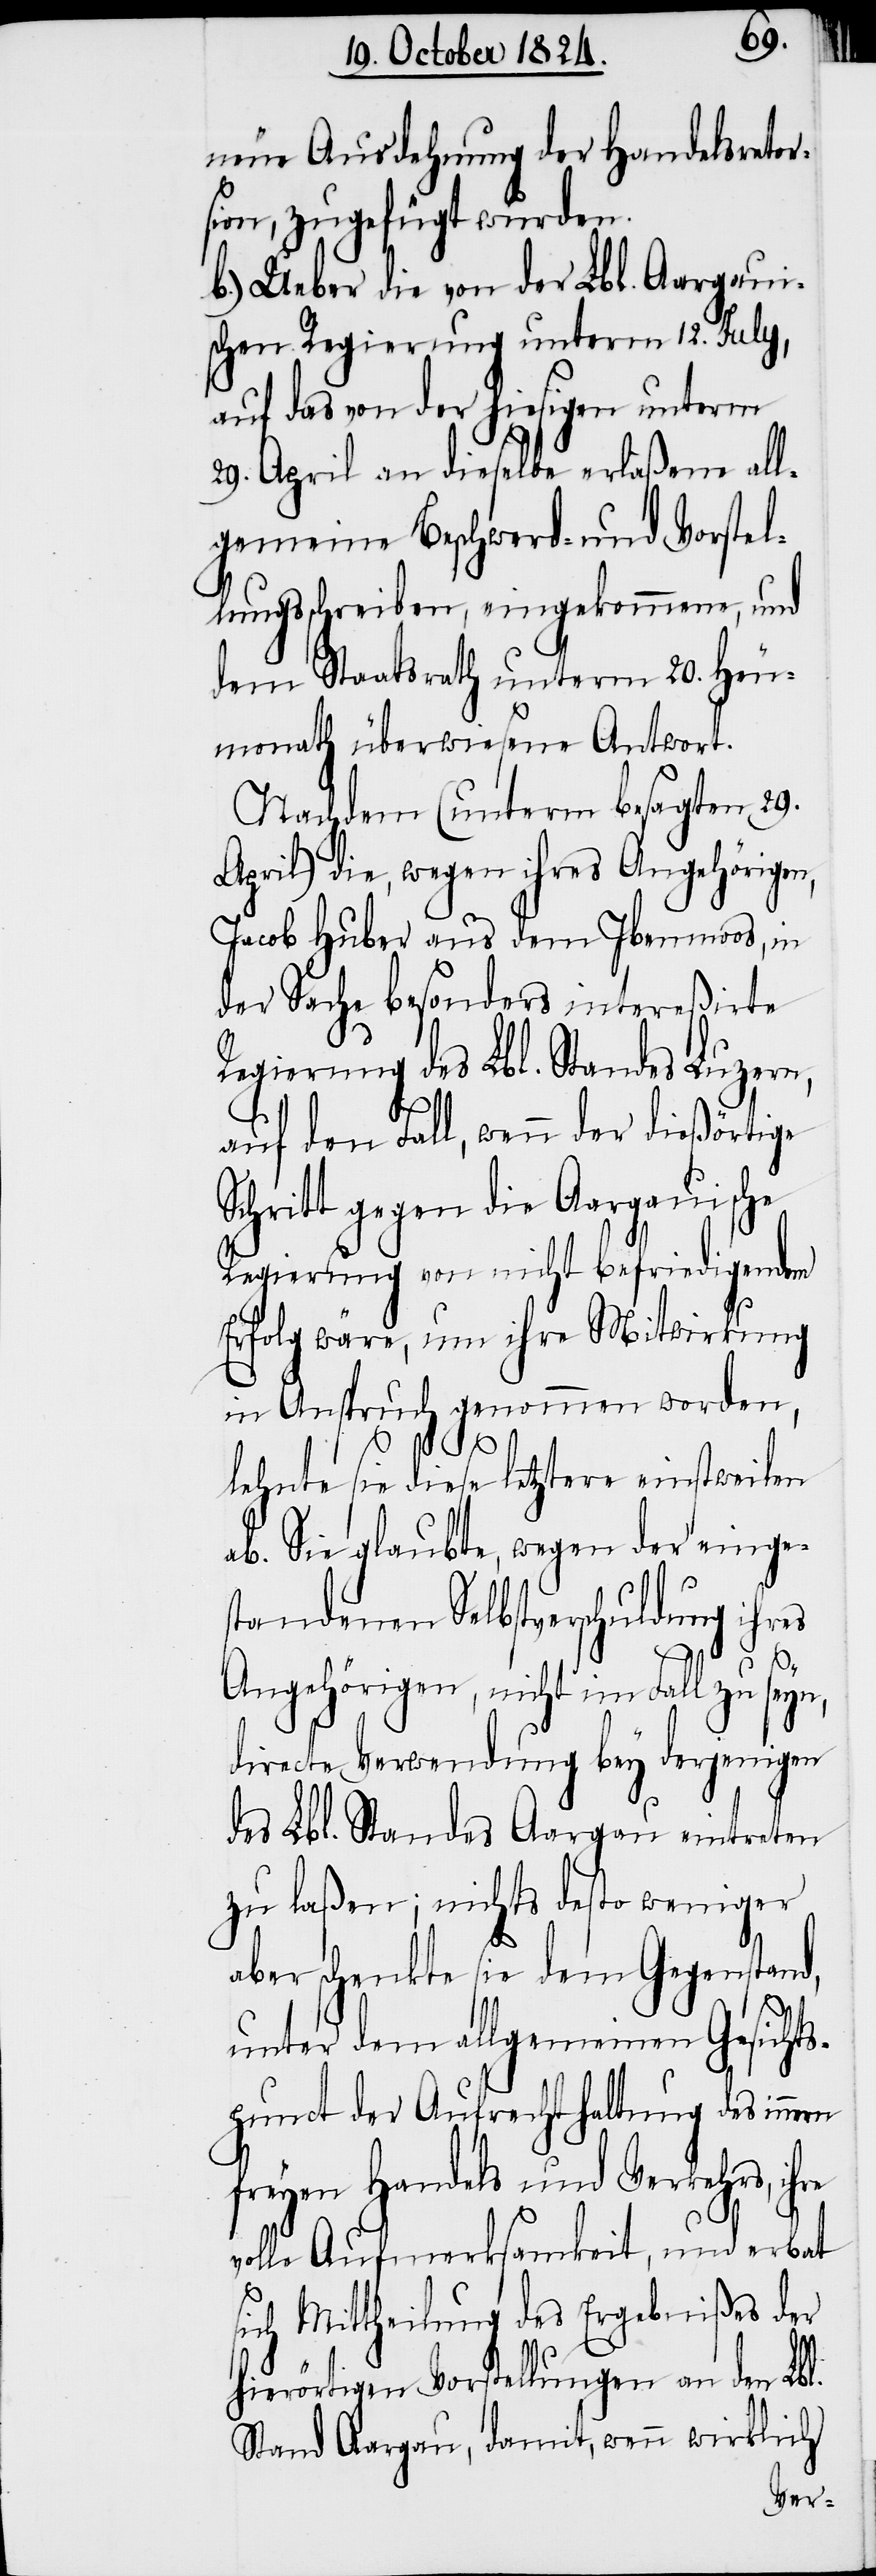
neue Ausdehnung der Handelsretor¬
sion, zugefügt wurden.
b.) Ueber die von der Lbl. Aargaui¬
schen Regierung unterm 12. July,
auf das von der hiesigen unterm
29. April an dieselbe erlaßene all¬
gemeine Beschwerd- und Vorstel¬
lungsschreiben, eingekommene, und
dem Staatsrath unterm 20. Heu¬
monath überwiesene Antwort.
Nachdem (unterm besagten 29.
April), die, wegen ihres Angehörigen,
Jacob Huber aus dem Ibenmoos, in
der Sache besonders intereßirte
Regierung des Lbl. Standes Luzern,
auf den Fall, wenn der dießörtige
Schritt gegen die Aargauische
Regierung von nicht befriedigendem
Erfolg wäre, um ihre Mitwirkung
in Anspruch genommen worden,
lehnte sie diese letztere einstweilen
ab. Sie glaubte, wegen der einge¬
standenen Selbstverschuldung ihres
Angehörigen, nicht im Fall zu seyn,
directe Verwendung bey derjenigen
des Lbl. Standes Aargau eintreten
zu laßen; nichts desto weniger
aber schenkte sie dem Gegenstand,
unter dem allgemeinen Gesicht¬
spunct der Aufrechthaltung des innern
freyen Handels und Verkehrs, ihre
volle Aufmerksamkeit, und erbat
sich Mittheilung des Ergebnißes der
hierörtigen Vorstellungen an den Lbl.
Stand Aargau, damit, wenn wirklich